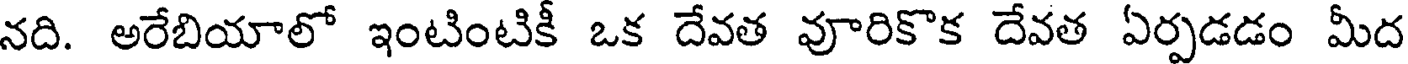
నది. అరేబియాలో ఇంటింటికీ ఒక దేవత వూరికొక దేవత ఏర్పడడం మీద